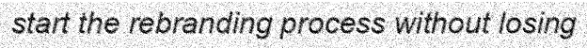
start the rebranding process without losing